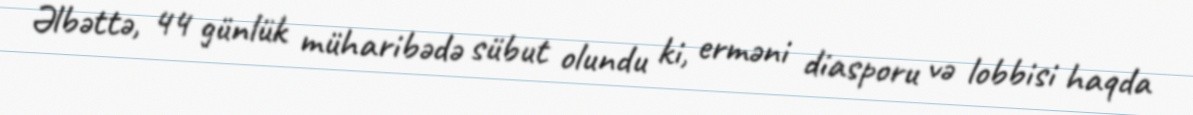
Əlbəttə, 44 günlük müharibədə sübut olundu ki, erməni diasporu və lobbisi haqda